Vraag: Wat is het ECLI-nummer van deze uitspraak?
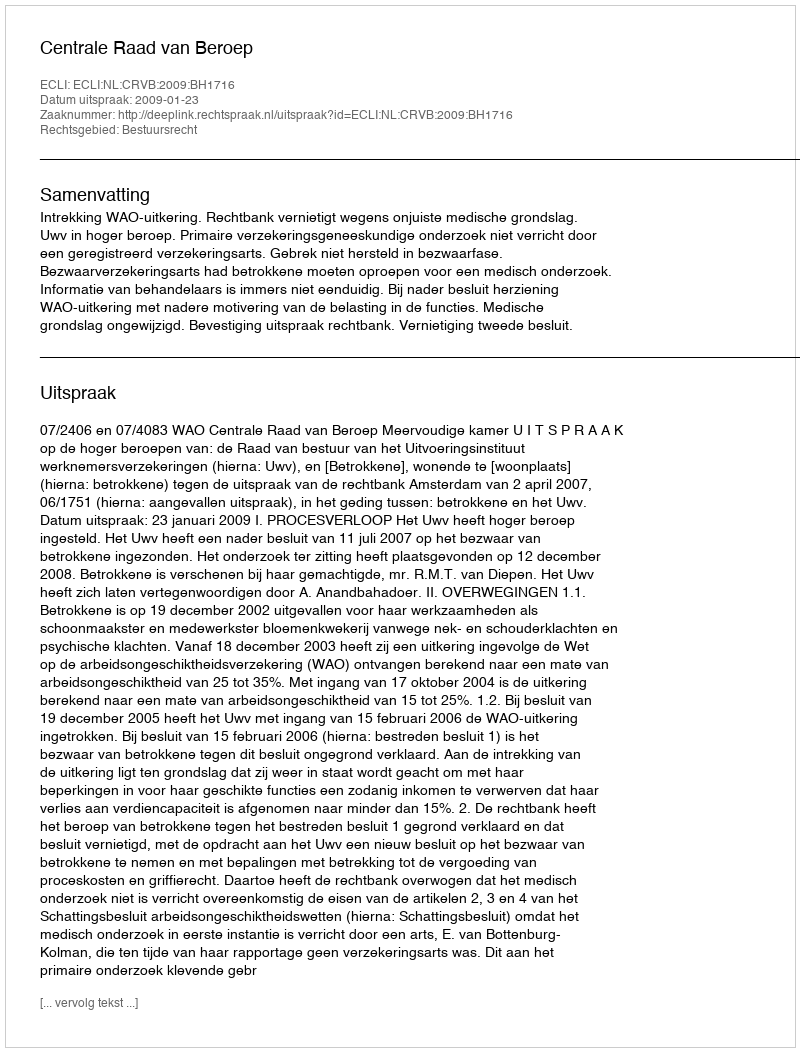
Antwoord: ECLI:NL:CRVB:2009:BH1716